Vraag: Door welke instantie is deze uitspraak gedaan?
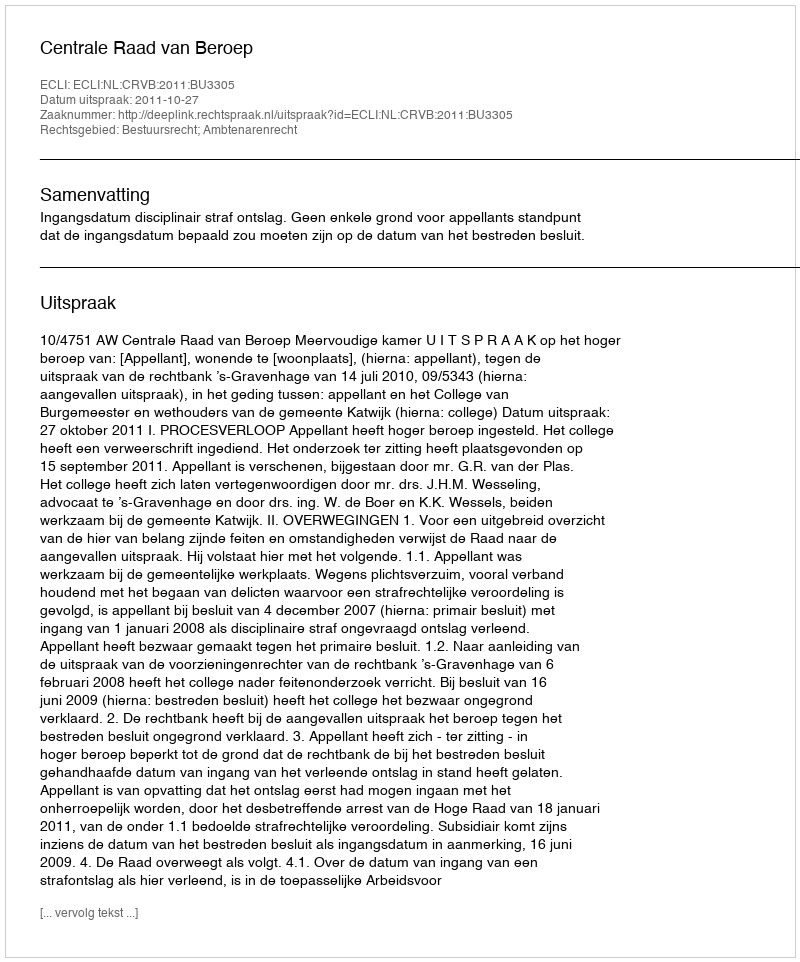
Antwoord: Centrale Raad van Beroep